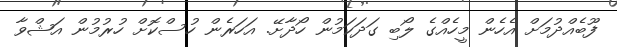
ފޫބެއްދުމަށް އެހެން މީހެއްގެ ލޯބި ގަދަކަމުން ހޯދާށޭ. އަހަރެން ހުސްކޮށް ހުރުމުން އަޝްވާ